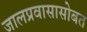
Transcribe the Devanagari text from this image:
जालप्रवासासोबत